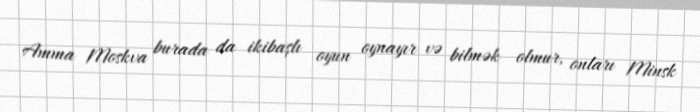
Amma Moskva burada da ikibaşlı oyun oynayır və bilmək olmur, onları Minsk